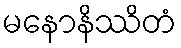
မနောနိဿိတံ